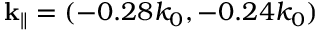
{ \bf k } _ { \parallel } = ( - 0 . 2 8 k _ { 0 } , - 0 . 2 4 k _ { 0 } )